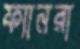
ফ্যানরা